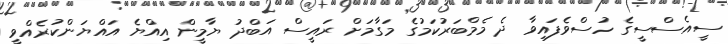
ސީއެސްސީގެ ހުސްވެފައިވާ ދެ މެމްބަރުކަމުގެ މަގާމަށް ރައީސް އަބްދު ޔާމީން އިއްޔެ އައްޔަންކުރެއްވީ